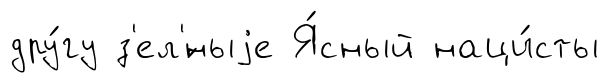
дру́гу з'ел'́ныjе Я́сный наци́сты